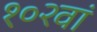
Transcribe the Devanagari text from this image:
१०२वां